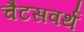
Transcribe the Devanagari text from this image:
चैटसवर्थ